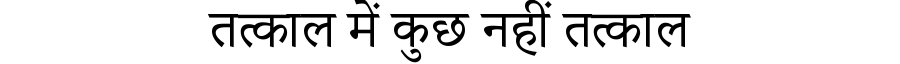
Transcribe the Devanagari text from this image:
तत्काल में कुछ नहीं तत्काल